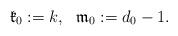
LaTeX: \begin{align*} \mathfrak{k}_0:=k, \ \ \mathfrak{m}_0:=d_0-1.\end{align*}